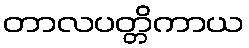
တာလပတ္တိကာယ